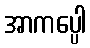
အာကပ္ပေါ